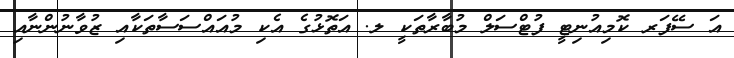
އަ ސޭފަރ ކޮމިއުނިޓީ ފުޓްސަލް މުބާރާތަކީ ލ. އަތޮޅުގެ އެކި މުއައްސަސާތަކާއި ޒުވާނުންނާއި